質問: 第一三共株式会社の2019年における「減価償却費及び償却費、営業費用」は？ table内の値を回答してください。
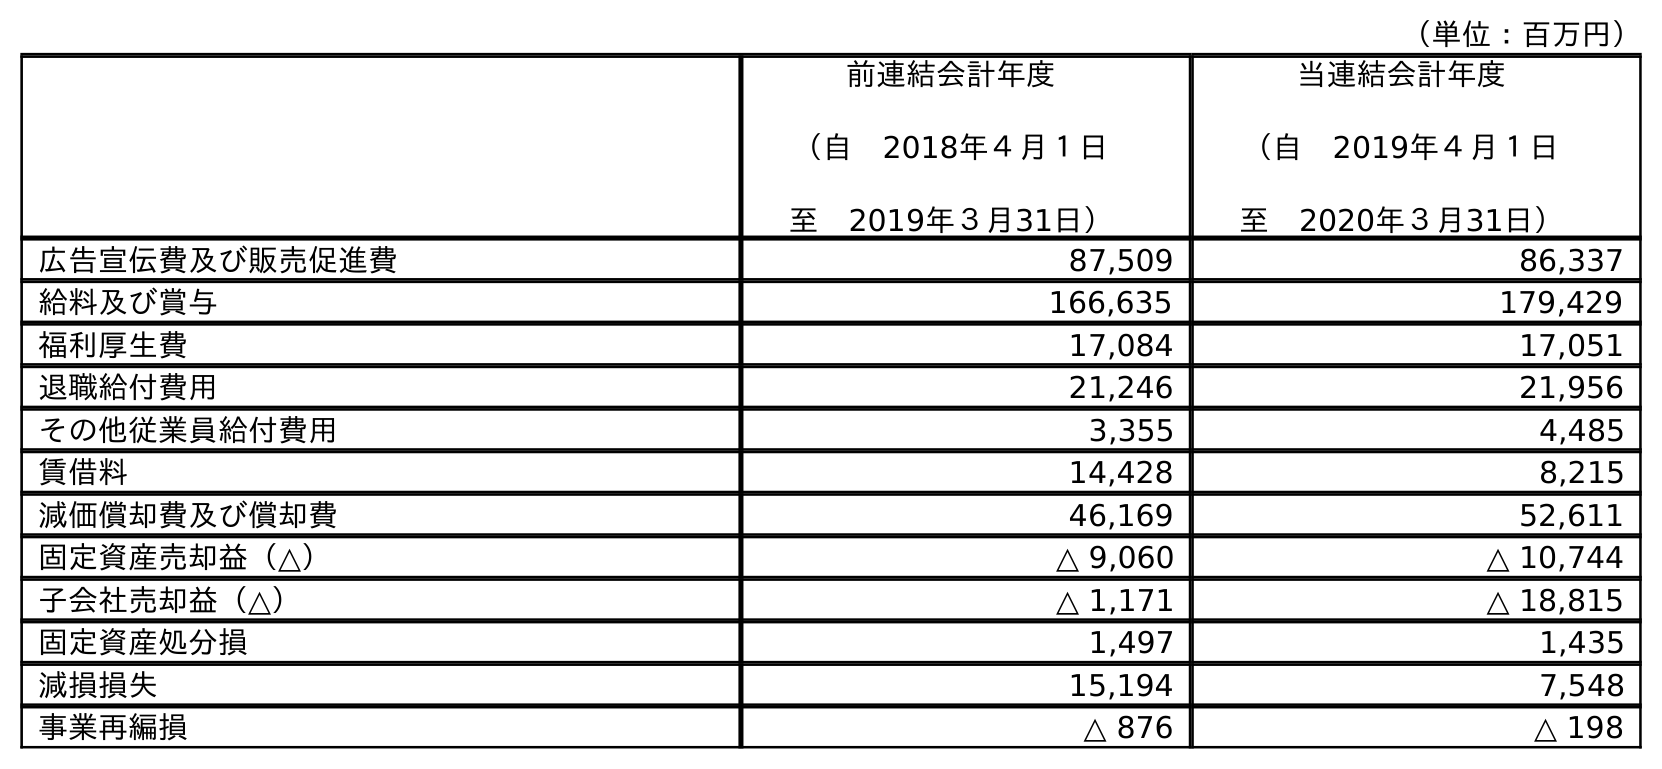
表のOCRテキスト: （単位：百万円） 前連結会計年度 （自 2018年４月１日 至 2019年３月31日） 当連結会計年度 （自 2019年４月１日 至 2020年３月31日） 広告宣伝費及び販売促進費 87,509 86,337 給料及び賞与 166,635 179,429 福利厚生費 17,084 17,051 退職給付費用 21,246 21,956 その他従業員給付費用 3,355 4,485 賃借料 14,428 8,215 減価償却費及び償却費 46,169 52,611 固定資産売却益（△） △ 9,060 △ 10,744 子会社売却益（△） △ 1,171 △ 18,815 固定資産処分損 1,497 1,435 減損損失 15,194 7,548 事業再編損 △ 876 △ 198
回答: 46,169